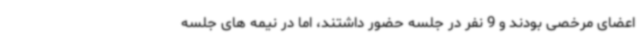
اعضای مرخصی بودند و 9 نفر در جلسه حضور داشتند، اما در نیمه های جلسه